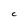
Character: C